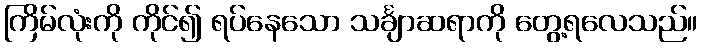
ကြိမ်လုံးကို ကိုင်၍ ရပ်နေသော သင်္ချာဆရာကို တွေ့ရလေသည်။